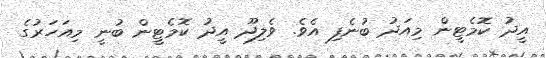
އީދު ކޮމެޓީން މިއަދު ބުނެފި އެވެ. ވެލިދޫ އީދު ކޮމެޓީން ބުނީ މިއަހަރުގެ